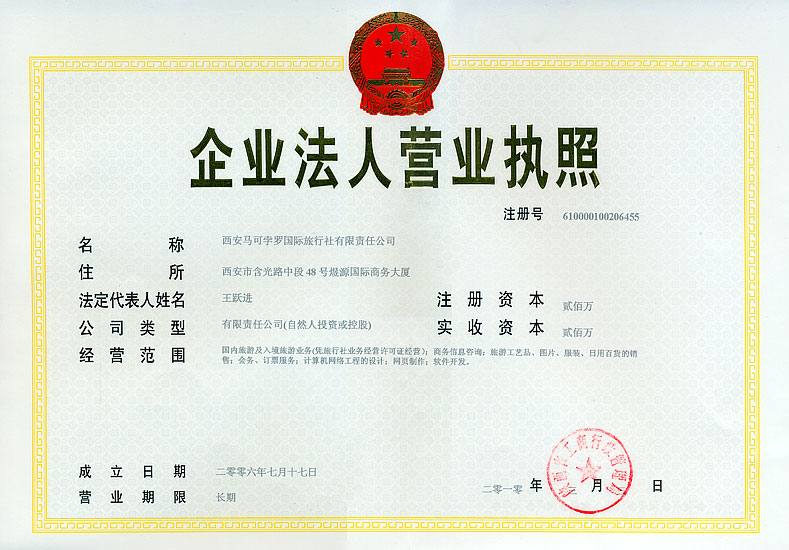
Language: zh